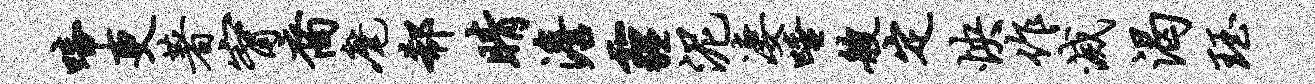
啼更著甯裔麾欷睛澹霾泥凄唾艘定怏作灭渴珏